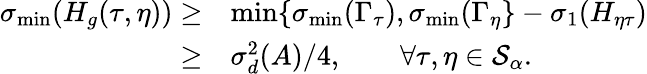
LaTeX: \begin{array}{rl}{\sigma_{\operatorname*{min}}(H_{g}(\tau,\eta))\geq}&{\operatorname*{min}\{ \sigma_{\operatorname*{min}}(\Gamma_{\tau}),\sigma_{\operatorname*{min}}(\Gamma_{\eta}\} -\sigma_{1}(H_{\eta\tau})}\\ {\geq}&{\sigma_{d}^{2}(A)/4,\qquad\forall\tau,\eta\in\mathcal{S}_{\alpha}.}\end{array}